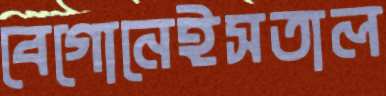
বেগোনেইসতাল